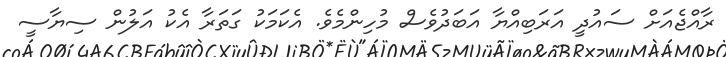
ރާއްޖެއަށް ސައުދީ އަރަބިއްޔާ އަބަދުވެސް މުހިންމެވެ. އެކަމަކު ގަތަރާ އެކު އަލުން ސިޔާސީ